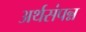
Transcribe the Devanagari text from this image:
अर्थसंपन्न